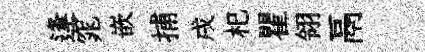
逢窕嵌捕戌𣏌瞿翎鬲